Civil Veterinary Department ledger series I-VI
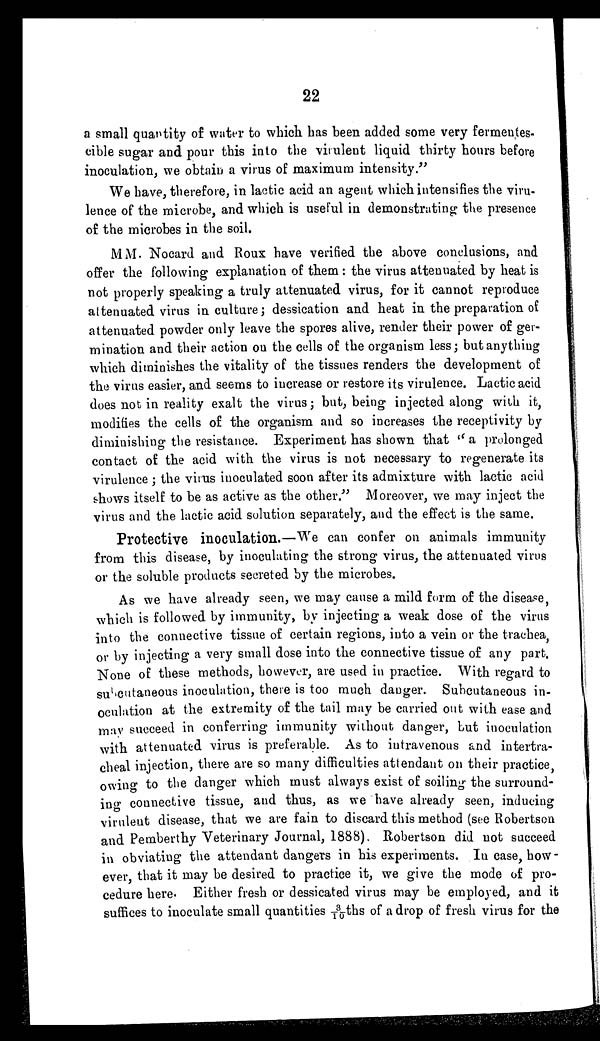
22
a small quantity of water to which has been added some very fermentes-
cible sugar and pour this into the virulent liquid thirty hours before
inoculation, we obtain a virus of maximum intensity."
We have, therefore, in lactic acid an agent which intensifies the viru-
lence of the microbe, and which is useful in demonstrating the presence
of the microbes in the soil.
MM. Nocard and Roux have verified the above conclusions, and
offer the following explanation of them: the virus attenuated by heat is
not properly speaking a truly attenuated virus, for it cannot reproduce
attenuated virus in culture ; dessication and heat in the preparation of
attenuated powder only leave the spores alive, render their power of ger-
mination and their action on the cells of the organism less; but anything
which diminishes the vitality of the tissues renders the development of
the virus easier, and seems to increase or restore its virulence. Lactic acid
does not in reality exalt the virus ; but, being injected along with it,
modifies the cells of the organism and so increases the receptivity by
diminishing the resistance. Experiment has shown that " a prolonged
contact of the acid with the virus is not necessary to regenerate its
virulence; the virus inoculated soon after its admixture with lactic acid
shows itself to be as active as the other. " Moreover, we may inject the
virus and the lactic acid solution separately, and the effect is the same.
Protective inoculation.—We can confer on animals immunity
from this disease, by inoculating the strong virus, the attenuated virus
or the soluble products secreted by the microbes.
As we have already seen, we may cause a mild form of the disease,
which is followed by immunity, by injecting a weak dose of the virus
into the connective tissue of certain regions, into a vein or the trachea,
or by injecting a very small dose into the connective tissue of any part.
None of these methods, however, are used in practice. With regard to
subcutaneous inoculation, there is too much danger. Subcutaneous in-
oculation at the extremity of the tail may be carried out with ease and
may succeed in conferring immunity without danger, but inoculation
with attenuated virus is preferable. As to intravenous and intertra-
cheal injection, there are so many difficulties attendant on their practice,
owing to the danger which must always exist of soiling the surround-
ing connective tissue, and thus, as we have already seen, inducing
virulent disease, that we are fain to discard this method (see Robertson
and Pemberthy Veterinary Journal, 1888). Robertson did not succeed
in obviating the attendant dangers in his experiments. In case, how-
ever, that it may be desired to practice it, we give the mode of pro-
cedure here. Either fresh or dessicated virus may be employed, and it
suffices to inoculate small quantities 3/10ths of a drop of fresh virus for the